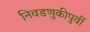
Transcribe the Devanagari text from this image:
निवडणुकीपुर्वी